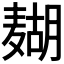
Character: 𱋟